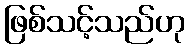
ဖြစ်သင့်သည်ဟု